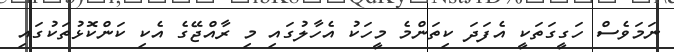
ނަމަވެސް ހަގީގަތަކީ އެފަދަ ކިތަންމެ މީހަކު އެހާލުގައި މި ރާއްޖޭގެ އެކި ކަންކޮޅުތަކުގައި